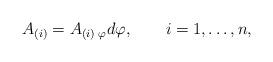
LaTeX: \begin{align*}A_{(i)} = A_{(i)\;\varphi}d\varphi,\qquad i=1,\dots,n,\end{align*}